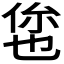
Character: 𬾥